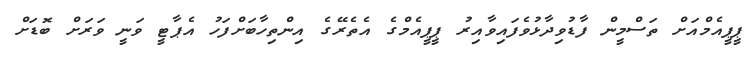
ޕީޕީއެމްއަށް ތަސްމީން ފާޑުވިދާޅުވެފައިވާއިރު ޕީޕީއެމްގެ އެތެރޭގެ އިންތިހާބަށްފަހު އެޕާޓީ ވަނީ ވަރަށް ބޮޑަށް